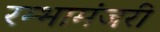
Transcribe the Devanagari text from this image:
रम्भामंजरी